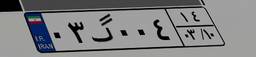
۰۳گ۰۰۴۱۴